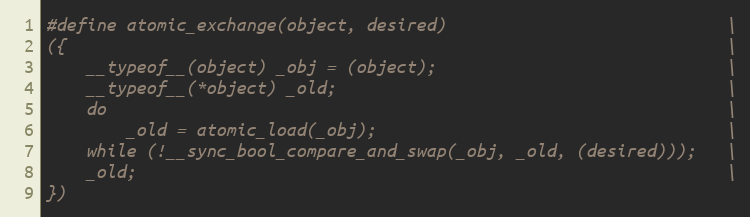
Language: C
#define atomic_exchange(object, desired)                            \
({                                                                  \
    __typeof__(object) _obj = (object);                             \
    __typeof__(*object) _old;                                       \
    do                                                              \
        _old = atomic_load(_obj);                                   \
    while (!__sync_bool_compare_and_swap(_obj, _old, (desired)));   \
    _old;                                                           \
})